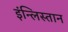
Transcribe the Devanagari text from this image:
इंन्लिस्तान